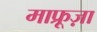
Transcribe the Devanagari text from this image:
माफ्रूज़ा